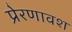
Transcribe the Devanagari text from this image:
प्रेरणावश